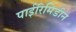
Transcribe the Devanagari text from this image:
पाईरिमिडीन